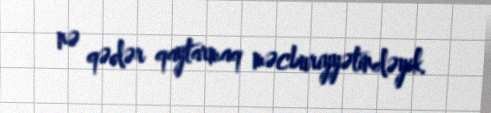
nə qədər qaytarmaq məcburiyyətindəyik.